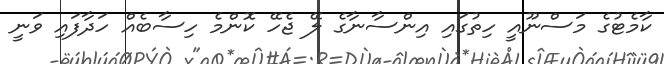
ކާމެޓުގެ މަސްނޫއީ ހިތުގައި އިންސާނާގެ ލޭ ޖެހޭ ކޮންމެ ހިސާބެއް ހަދާފައި ވަނީ